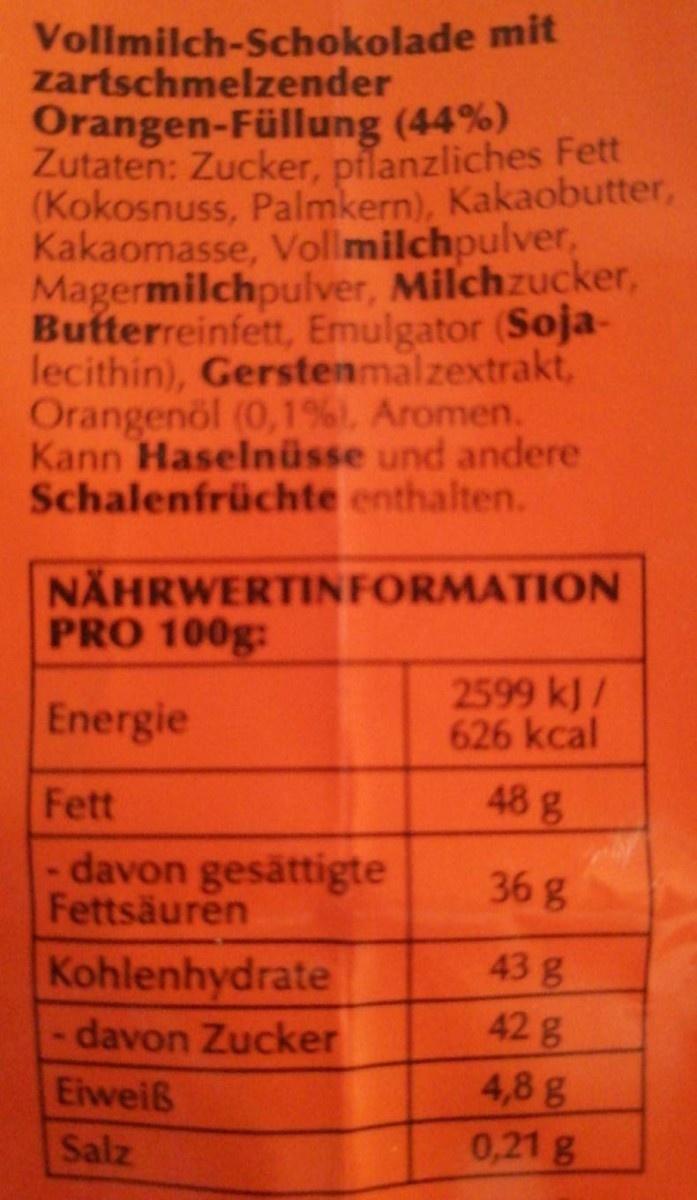
Vollmilch-Schokolade mit zartschmelzender Orangen-Füllung (44%) Zutaten: Zucker, pilanzliches Fett (Kokosnuss, Palmkern), Kakaobutter, Kakaomasse, Vollmilchpulver, Magermilchpulver, Milchzucker, Butterreinfett, Emulgator (Soja- lecithin), Gerstenmalzextrakt, Orangenöl (0,1%1, Aromen. Kann Haselnüsse und andere Schalenfrüchte enthalten.
NAHRWERTINFORMATION PRO 100g:
Energie
2599 kJ/ 626 kcal
Fett
48 g
- davon gesättigte Fettsäuren
36 g
Kohlenhydrate
43 g
davon Zucker
42 g
4,8 g 0,21 g
Eiweiß
Salz